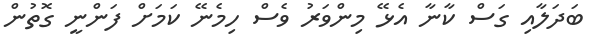
ބަދަލާއި ގަސް ކާނާ އެޅޭ މިންވަރު ވެސް ހިމެނޭ ކަމަށް ފަންނީ ގޮތުން